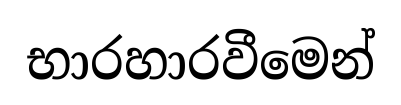
භාරහාරවීමෙන්